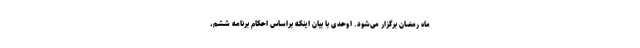
ماه رمضان برگزار می‌شود. اوحدی با بیان اینکه براساس احکام برنامه ششم،